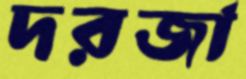
দরজা